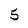
Character: 5